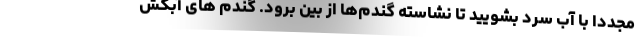
مجددا با آب سرد بشویید تا نشاسته گندم‌ها از بین برود. گندم های آبکش